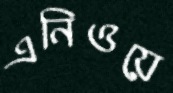
এনিওয়ে